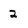
Character: 2